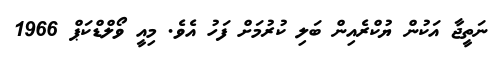
ނަތީޖާ އަކުން ޔުކްރެއިން ބަލި ކުރުމަށް ފަހު އެވެ. މިއީ ވޯލްޑްކަޕް 1966